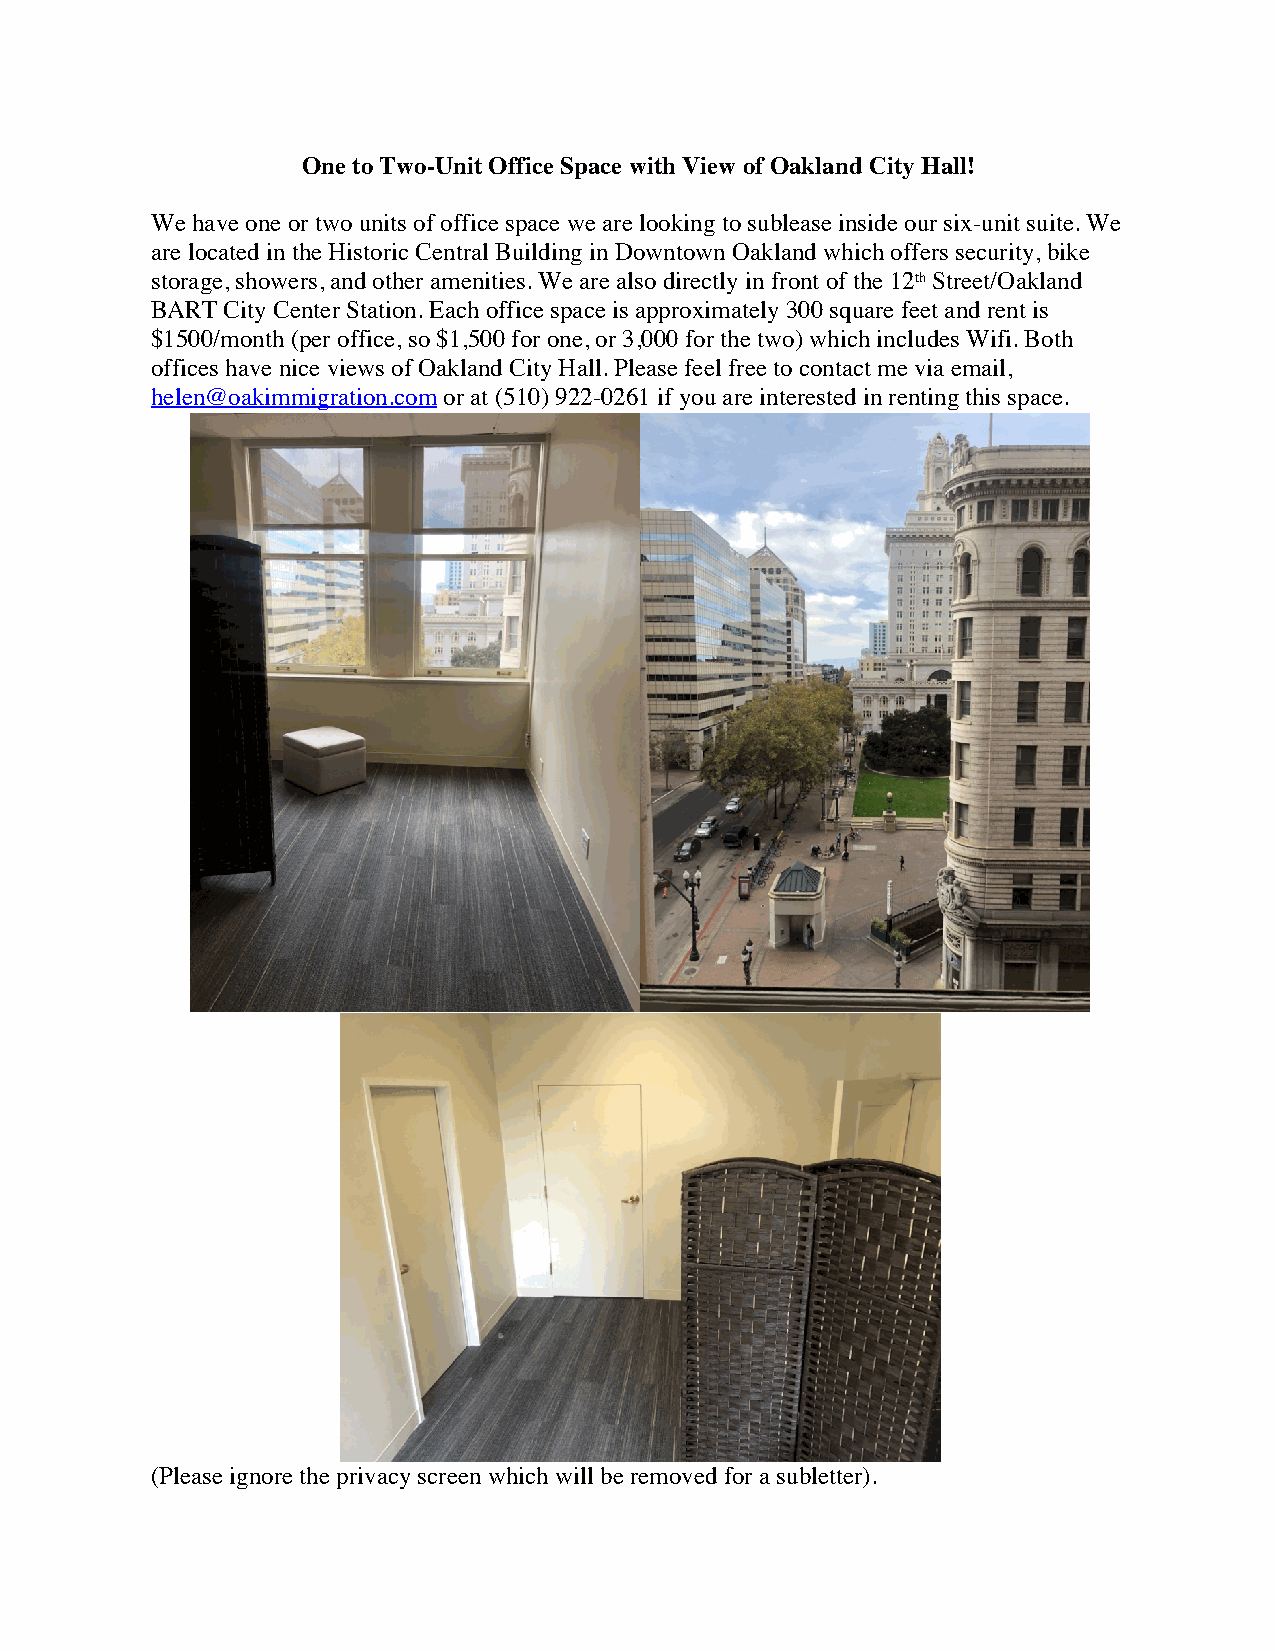
One to Two-Unit Office Space with View of Oakland City Hall!
 We have one or two units of office space we are looking to sublease inside our six-unit suite. We
 are located in the Historic Central Building in Downtown Oakland which offers security, bike
 storage, showers, and other amenities. We are also directly in front of the 12th Street/Oakland
 BART City Center Station. Each office space is approximately 300 square feet and rent is
 $1500/month (per office, so $1,500 for one, or 3,000 for the two) which includes Wifi. Both
 offices have nice views of Oakland City Hall. Please feel free to contact me via email,
 helen@oakimmigration.com or at (510) 922-0261 if you are interested in renting this space.
 (Please ignore the privacy screen which will be removed for a subletter).